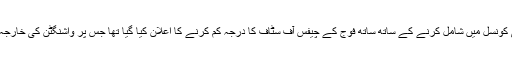
اس سے پہلے 27 جنوری کو سٹیو بینن کو قومی سلامتی کونسل میں شامل کرنے کے ساتھ ساتھ فوج کے چيفس آف سٹاف کا درجہ کم کرنے کا اعلان کیا گیا تھا جس پر واشنگٹن کی خارجہ پالیسی اور سیکورٹی اسٹیبلشمنٹ پرکافی تنقید ہوئی تھی۔